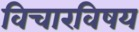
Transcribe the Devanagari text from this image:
विचारविषय